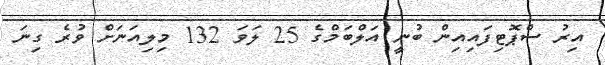
އިރު ސްޕޮޓިފައިއިން ބުނީ އަލްބަމްގެ 25 ލަވަ 132 މިލިއަނަަށް ވުރެ ގިނަ